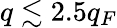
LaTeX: q\lesssim 2.5q_{F}